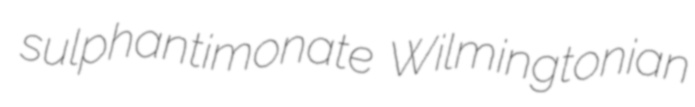
sulphantimonate Wilmingtonian